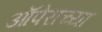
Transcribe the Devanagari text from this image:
ऑपेराच्या